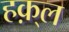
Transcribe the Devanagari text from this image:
हक़्ल